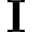
\mathbf { I }